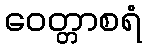
ဝေတ္တာစရံ